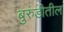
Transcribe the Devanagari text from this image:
बुरुंडीतील